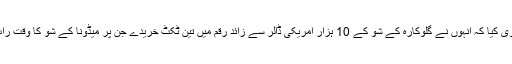
مداح نے اپنی درخواست میں دعویٰ کیا کہ انہوں نے گلوکارہ کے شو کے 10 ہزار امریکی ڈالر سے زائد رقم میں تین ٹکٹ خریدے جن پر میڈونا کے شو کا وقت رات کے ساڑھے 8 بجے درج تھا۔